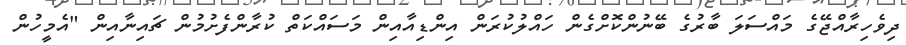
ދިވެހިރާއްޖޭގެ މައްސަލަ ބާރުގެ ބޭނުންކޮށްގެން ހައްލުކުރަން އިންޑިއާއިން މަސައްކަތް ކުރާންފެށުމުން ޗައިނާއިން "އެމީހުން